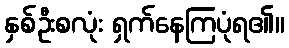
နှစ်ဦးစလုံး ရှက်နေကြပုံရ၏။